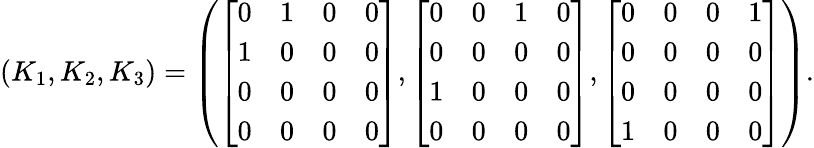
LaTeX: (K_{1},K_{2},K_{3})=\left(\left[{\begin{array}{llll}{0}&{1}&{0}&{0}\\ {1}&{0}&{0}&{0}\\ {0}&{0}&{0}&{0}\\ {0}&{0}&{0}&{0}\end{array}}\right],\left[{\begin{array}{llll}{0}&{0}&{1}&{0}\\ {0}&{0}&{0}&{0}\\ {1}&{0}&{0}&{0}\\ {0}&{0}&{0}&{0}\end{array}}\right],\left[{\begin{array}{llll}{0}&{0}&{0}&{1}\\ {0}&{0}&{0}&{0}\\ {0}&{0}&{0}&{0}\\ {1}&{0}&{0}&{0}\end{array}}\right]\right).